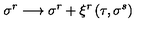
\sigma ^ { r } \longrightarrow \sigma ^ { r } + \xi ^ { r } \left( \tau , \sigma ^ { s } \right)